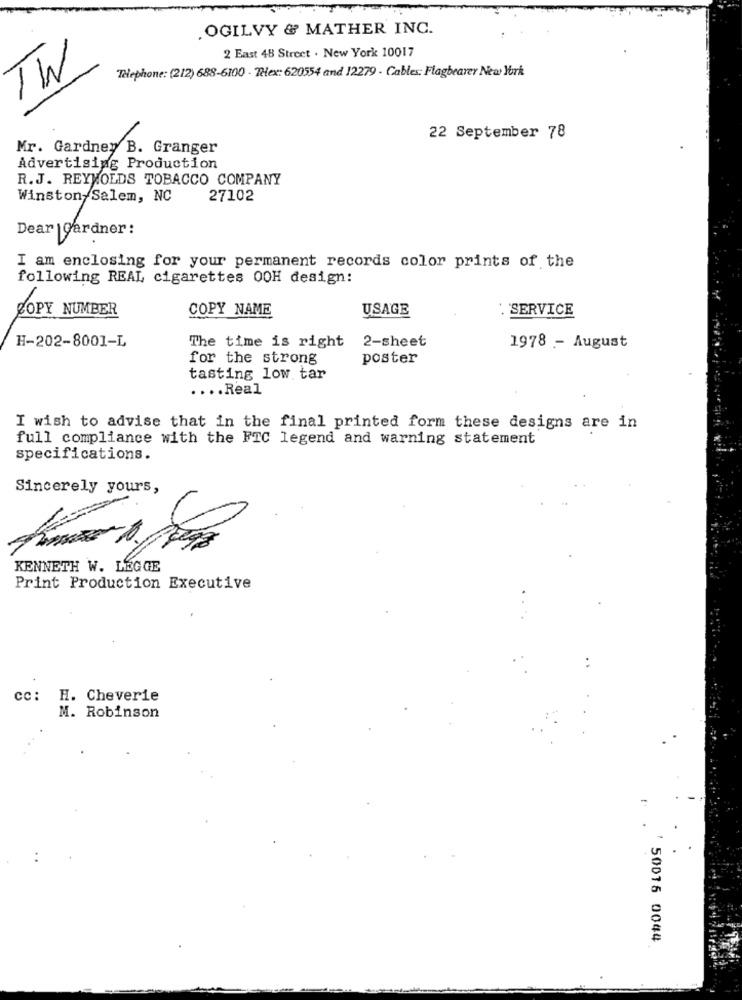
. OGILVY & MATHER INC.
2 East 48 Street . New York 10017
TW
Telephone: (212) 688-6100 - Telex: 620554 and 12279 - Cables: Flagbearer New York
22 September 78
Mr. Gardney B. Granger
Advertising Production
R.J. REYNOLDS TOBACCO COMPANY
Winston- Salem, NC
27102
Dear | Gardner :
I am enclosing for your permanent records color prints of the
following REAL cigarettes 00H design:
ZOPY NUMBER
COPY NAME
USAGE
. SERVICE
The time is right
2-sheet
H-202-8001-L
1978 - August
for the strong
poster
tasting low tar
.... Real
I wish to advise that in the final printed form these designs are in
full compliance with the FTC legend and warning statement
specifications.
Sincerely yours,
KENNETH W. LEGGE
Print Production Executive
cc: H. Cheverie
M. Robinson
50016 0044